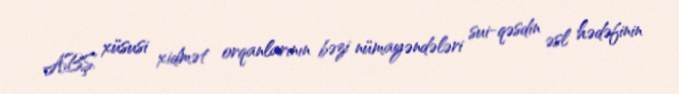
ABŞ xüsusi xidmət orqanlarının bəzi nümayəndələri sui-qəsdin əsl hədəfinin